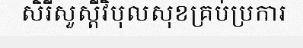
សិរីសួស្តីវិបុលសុខគ្រប់ប្រការ